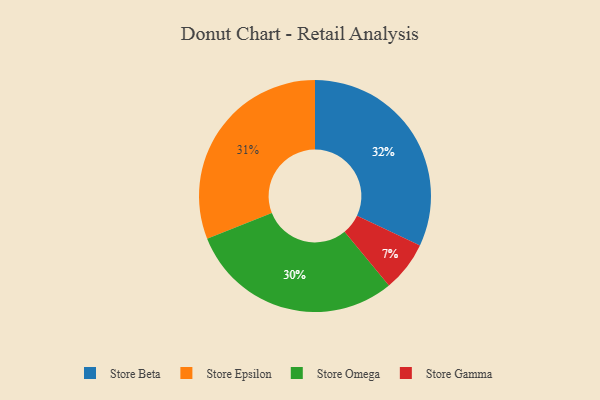
{"axis": {"x": "Category", "y": "Percentage"}, "legend": ["Store Beta", "Store Epsilon", "Store Gamma", "Store Omega"], "data": [{"x": "Store Gamma", "y": 7, "type": "Store Gamma"}, {"x": "Store Epsilon", "y": 31, "type": "Store Epsilon"}, {"x": "Store Beta", "y": 32, "type": "Store Beta"}, {"x": "Store Omega", "y": 30, "type": "Store Omega"}]}